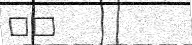
٦٧